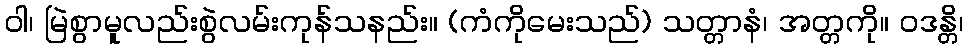
ဝါ၊ မြဲစွာမူလည်းစွဲလမ်းကုန်သနည်း။ (ကံကိုမေးသည်) သတ္တာနံ၊ အတ္တကို။ ဝဒန္တိ၊